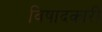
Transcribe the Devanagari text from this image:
विषादकारी